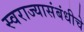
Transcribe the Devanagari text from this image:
स्वराज्यासंबंधीचे